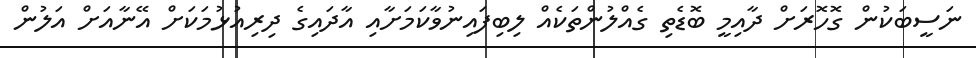
ނަސީބަކުން ގޮހޮރަށް ދާއިމީ ބޮޑެތި ގެއްލުންތަކެއް ލިބިފައިނުވާކަމަށާއި އާދައިގެ ދިރިއުޅުމަކަށް އޭނާއަށް އަލުން